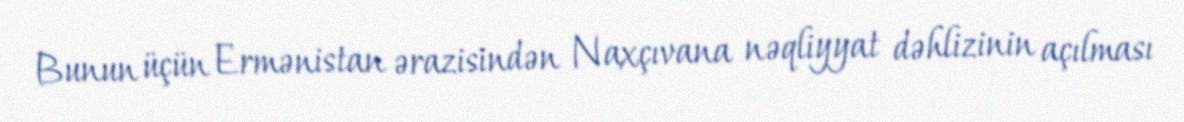
Bunun üçün Ermənistan ərazisindən Naxçıvana nəqliyyat dəhlizinin açılması